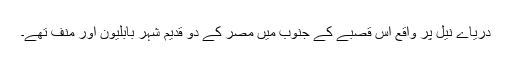
دریاے نیل پر واقع اس قصبے کے جنوب میں مصر کے دو قدیم شہر بابلیون اور منف تھے۔